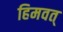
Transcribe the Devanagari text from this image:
हिमवत्‌